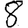
Digit: 8